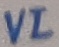
Text: VI